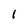
Character: 1